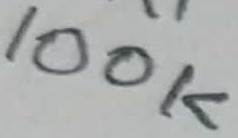
Text: 100K